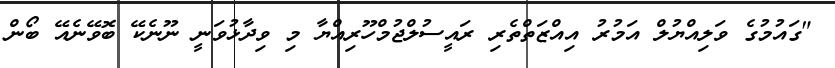
"ގައުމުގެ ވަލިއްޔުލް އަމުރު އިއްޒަތްތެރި ރައީސުލްޖުމްހޫރިއްޔާ މި ވިދާޅުވަނީ ނޫނެކޭ ބޮވޭނެއޭ ބޯން